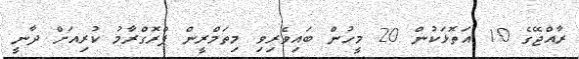
ރާއްޖޭގެ 10 އަތޮޅަކުން 20 މީހުން ބައިވެރިވި މިތަމްރީން ޕްރޮގްރާމު ކުރިއަށް ދާނީ